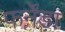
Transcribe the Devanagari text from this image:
फर्नेंडा